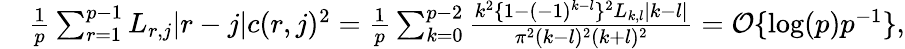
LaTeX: \begin{array}{rl}&{\frac{1}{p}\sum_{r=1}^{p-1}L_{r,j}|r-j|c(r,j)^{2}=\frac{1}{p}\sum_{k=0}^{p-2}\frac{k^{2}\{ 1{-}(-1)^{k-l}\} ^{2}L_{k,l}|k-l|}{\pi^{2}(k-l)^{2}(k+l)^{2}}=\mathcal{O}\{ \log(p)p^{-1}\} ,}\end{array}